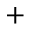
+